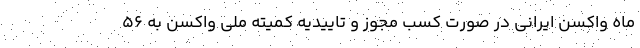
ماه واکسن ایرانی در صورت کسب مجوز و تاییدیه کمیته ملی واکسن به ۵۶